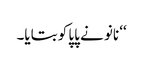
‘‘ نانو نے پاپا کو بتایا۔